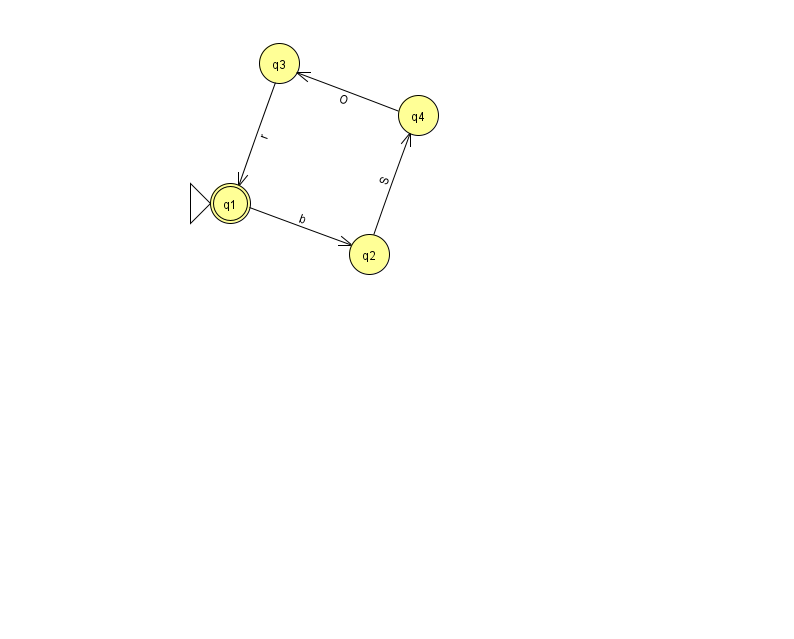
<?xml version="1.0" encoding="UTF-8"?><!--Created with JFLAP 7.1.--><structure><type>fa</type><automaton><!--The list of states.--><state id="1" name="q1"><x>230.0</x><y>190.0</y><initial/><final/></state><state id="2" name="q2"><x>369.0</x><y>241.0</y></state><state id="3" name="q3"><x>279.0</x><y>50.0</y></state><state id="4" name="q4"><x>418.0</x><y>102.0</y></state><!--The list of transitions.--><transition><from>2</from><to>4</to><read>S</read></transition><transition><from>4</from><to>3</to><read>O</read></transition><transition><from>1</from><to>2</to><read>b</read></transition><transition><from>3</from><to>1</to><read>r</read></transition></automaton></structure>